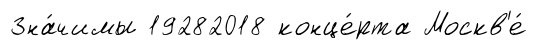
Зна́чимы 19282018 конце́рта Москв'е́